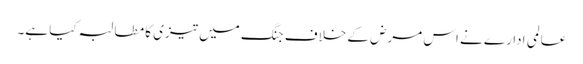
عالمی ادارے نے اس مرض کے خلاف جنگ میں تیزی کا مطالبہ کیا ہے۔